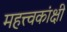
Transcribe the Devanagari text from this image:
महत्त्वकांक्षी